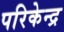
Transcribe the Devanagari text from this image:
परिकेन्द्र